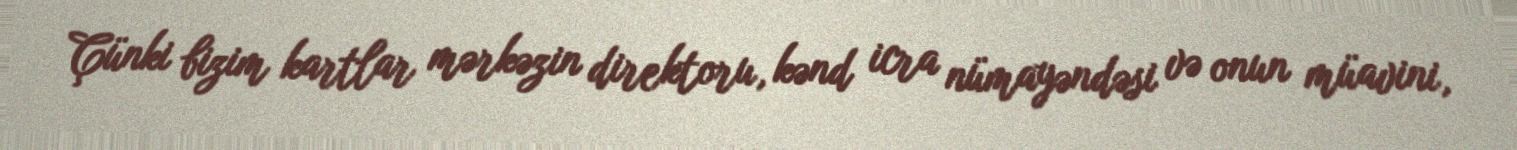
Çünki bizim kartlar mərkəzin direktoru, kənd icra nümayəndəsi və onun müavini,